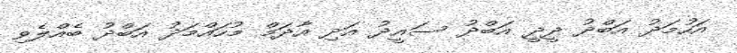
އަހުމަދު އަބްދު ދީދީ އަބްދު ސައީދު އަދި އާދަމް މުހައްމަދު އަބްދު ބެއްލެވި